Structure of Hæmatopota pluvialis (Meigen) - Number 55
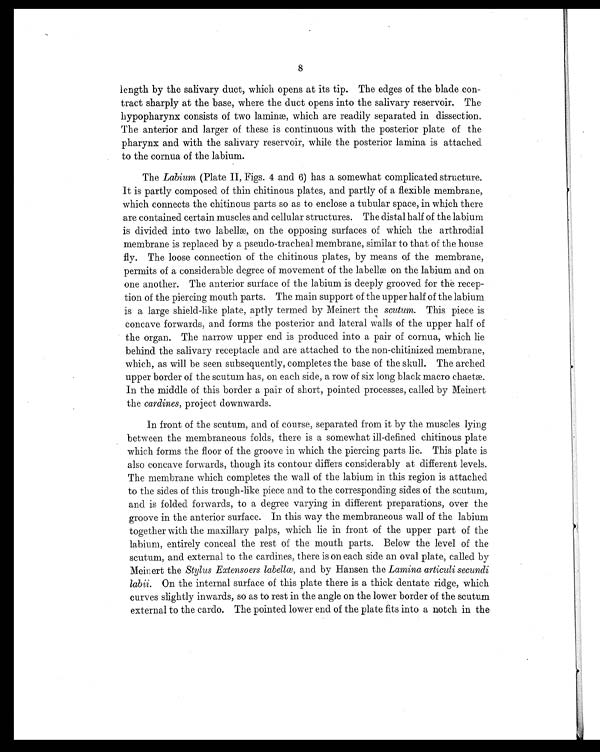
8
length by the salivary duct, which opens at its tip. The edges of the blade con-
tract sharply at the base, where the duct opens into the salivary reservoir. Th
e
hypopharynx consists of two laminæ, which are readily separated in dissection.
The anterior and larger of these is continuous with the posterior plate of the
pharynx and with the salivary reservoir, while the posterior lamina is attached
to the cornua of the labium.
The Labium (Plate II, Figs. 4 and 6) has a somewhat complicated structure.
It is partly composed of thin chitinous plates, and partly of a flexible membrane,
which connects the chitinous parts so as to enclose a tubular space, in which there
are contained certain muscles and cellular structures. The distal half of the labium
is divided into two labellæ, on the opposing surfaces of which the arthrodial
membrane is replaced by a pseudo-tracheal membrane, similar to that of the house
fly. The loose connection of the chitinous plates, by means of the membrane,
permits of a considerable degree of movement of the labellæ on the labium and on
one another. The anterior surface of the labium is deeply grooved for the recep
- tion of the piercing mouth parts. The main support of the upper half of the labium
is a large shield-like plate, aptly termed by Meinert the scutum. This piece is
concave forwards, and forms the posterior and lateral walls of the upper half of
the organ. The narrow upper end is produced into a pair of cornua, which lie
behind the salivary receptacle and are attached to the non-chitinized membrane,
which, as will be seen subsequently, completes the base of the skull. The arched
upper border of the scutum has, on each side, a row of six long black macro chaetæ.
In the middle of this border a pair of short, pointed processes, called by Meinert
the cardines, project downwards.
In front of the scutum, and of course, separated from it by the muscles lying
between the membraneous folds, there is a somewhat ill-defined chitinous plate
which forms the floor of the groove in which the piercing parts lie. This plate is
also concave forwards, though its contour differs considerably at different levels.
The membrane which completes the wall of the labium in this region is attached
to the sides of this trough-like piece and to the corresponding sides of the scutum,
and is folded forwards, to a degree varying in different preparations, over the
groove in the anterior surface. In this way the membraneous wall of the labium
together with the maxillary palps, which lie in front of the upper part of the
labium, entirely conceal the rest of the mouth parts. Below the level of the
scutum, and external to the cardines, there is on each side an oval plate, called by
Meinert the Stylus Extensoers labellœ, and by Hansen the Lamina articuli secundi
labii. On the internal surface of this plate there is a thick dentate ridge, which
curves slightly inwards, so as to rest in the angle on the lower border of the scutum
external to the cardo. The pointed lower end of the plate fits into a notch in the